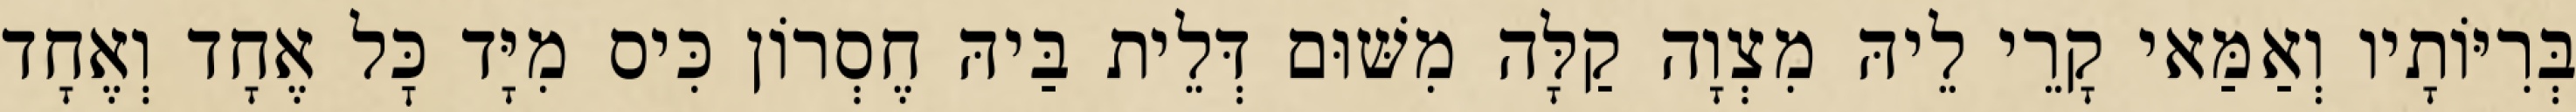
בְּרִיּוֹתָיו וְאַמַּאי קָרֵי לֵיהּ מִצְוָה קַלָּה מִשּׁוּם דְּלֵית בַּיהּ חֶסְרוֹן כִּיס מִיָּד כׇּל אֶחָד וְאֶחָד